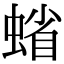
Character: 𧍖